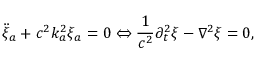
\ddot { \xi } _ { a } + c ^ { 2 } k _ { a } ^ { 2 } \xi _ { a } = 0 \Leftrightarrow \frac { 1 } { c ^ { 2 } } \partial _ { t } ^ { 2 } \xi - \nabla ^ { 2 } \xi = 0 ,